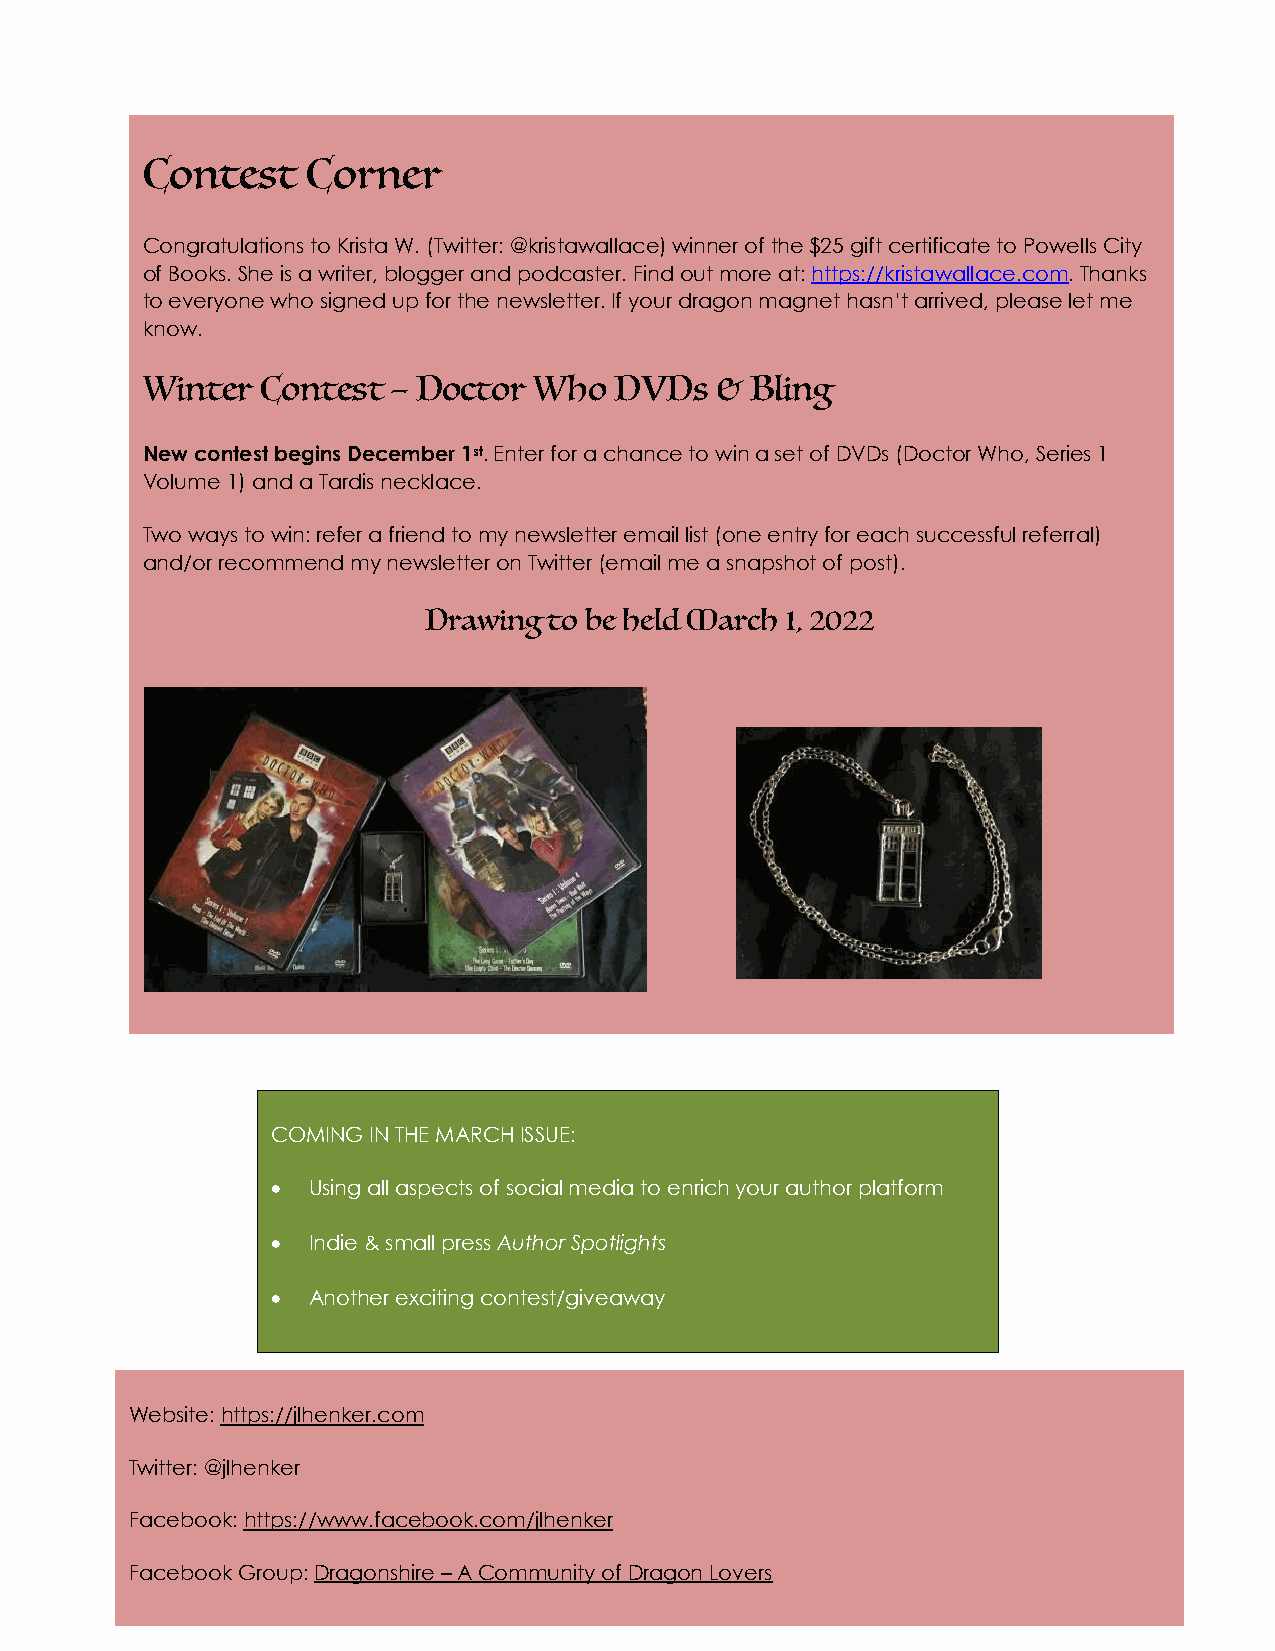
Contest    Corner
 Congratulations to Krista W. (Twitter: @kristawallace) winner of the $25 gift certificate to Powells City
 of Books. She is a writer, blogger and podcaster. Find out more at: https://kristawallace.com. Thanks
 to everyone who signed up for the newsletter. If your dragon magnet hasn’t arrived, please let me
 know.
 Winter  Contest  – Doctor Who   DVDs  &  Bling
 New contest begins December 1st. Enter for a chance to win a set of DVDs (Doctor Who, Series 1
 Volume 1) and a Tardis necklace.
 Two ways to win: refer a friend to my newsletter email list (one entry for each successful referral)
 and/or recommend my newsletter on Twitter (email me a snapshot of post).
 Drawing to be held March 1, 2022
 COMING IN THE MARCH ISSUE:
 • Using all aspects of social media to enrich your author platform
 • Indie & small press Author Spotlights
 • Another exciting contest/giveaway
 Website: https://jlhenker.com
 Twitter: @jlhenker
 Facebook: https://www.facebook.com/jlhenker
 Facebook Group: Dragonshire – A Community of Dragon Lovers
 4